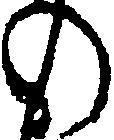
の